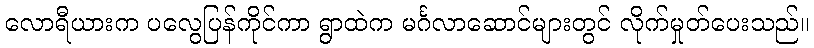
လောရီယားက ပလွေပြန်ကိုင်ကာ ရွာထဲက မင်္ဂလာဆောင်များတွင် လိုက်မှုတ်ပေးသည်။